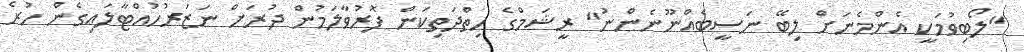
"ލޯބިވުމަކީ އެންމެނަށް ލިބޭ ނަސީބެއްނޫނެންނު" ރީޝަމްގެ ހިތްދަތިކަން ފޮރުވާލަމުން ދުރަށް ނަޒަރުހުއްޓާލައިގެން ހުރެ